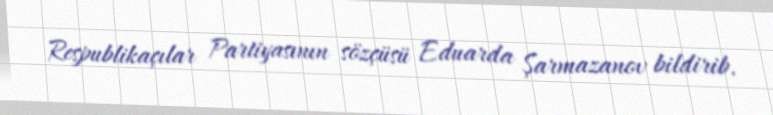
Respublikaçılar Partiyasının sözçüsü Eduarda Şarmazanov bildirib.